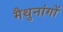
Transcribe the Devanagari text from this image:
मैथुनांगों